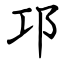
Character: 邛